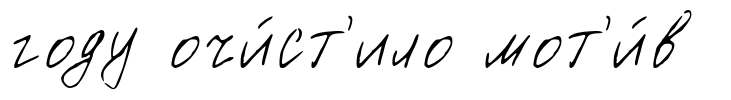
году очи́ст'ило мот'и́в